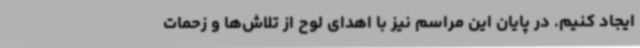
ایجاد کنیم. در پایان این مراسم نیز با اهدای لوح از تلاش‌ها و زحمات